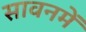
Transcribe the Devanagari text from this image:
सावनमें